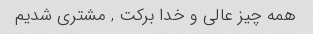
همه چیز عالی و خدا برکت , مشتری شدیم